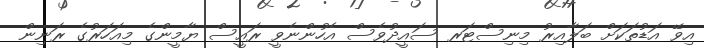
އިވޭ އަޑުތަކަށް ބަލާއިރު މިނިސްޓަރ ސައީދުވެސް އެހުންނެވީ ރައީސް ޔާމީންގެ މިއަހަރުގެ ރަނިން